King Institute of Preventive Medicine Micro-Biological Section reports 1912-19
Year: 1912
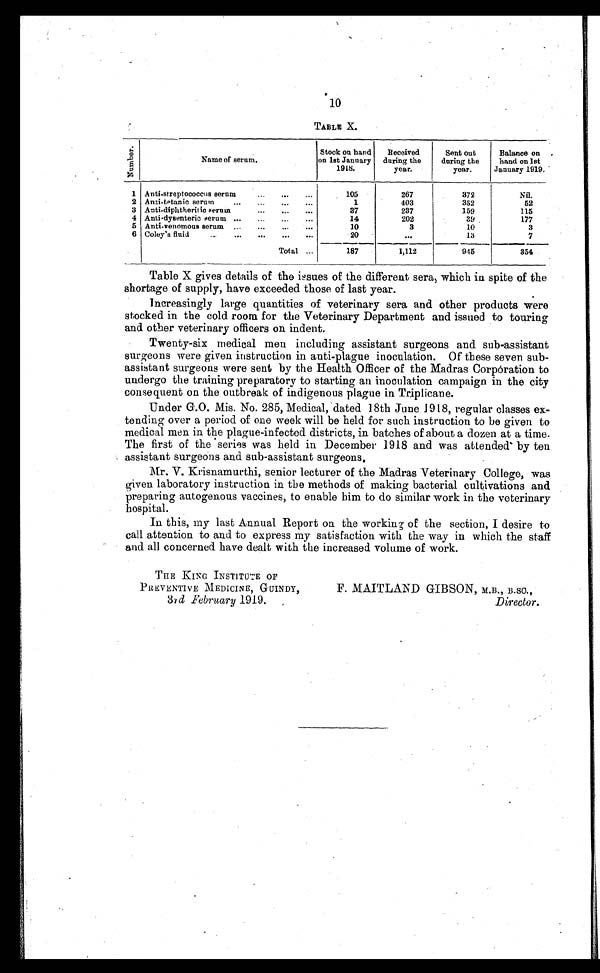
10
TABLE X.
N u m b e r .
Name of serum.
Stock on hand
on 1st January
1918.
Received
during the
year.
Sent out
during the
year.
Balance on
hand on 1st
January 1919.
1 Anti-streptococcus serum . . .
105
267
372
Nil.
2 Anti-tetanic serum . . .
1
403
352
52
3 Anti-diphtheritic serum . . .
37
237
159
115
4 Anti-dysenteric serum . . .
14
202
39
177
5 Anti-venomous serum . . .
10
3
10
3
6 Coley's fluid . . .
20
. . .
13
7
Total . . .
187
1,112
945
354
Table X gives details of the issues of the different sera, which in spite of the
shortage of supply, have exceeded those of last year.
Increasingly large quantities of veterinary sera and other products were
stocked in the cold room for the Veterinary Department and issued to touring
and other veterinary officers on indent.
Twenty-six medical men including assistant surgeons and sub-assistant
surgeons were given instruction in anti-plague inoculation. Of these seven sub
- a s s i s t a n t s u r g e o n s w e r e s e n t b y t h e H e a l t h O f f i c e r o f t h e M a d r a s C o r p o r a t i o n t o
undergo the training preparatory to starting an inoculation campaign in the city
consequent on the outbreak of indigenous plague in Triplicane.
Under G.O. Mis. No. 285, Medical, dated 18th June 1918, regular classes ex
- t e n d i n g o v e r a p e r i o d o f o n e w e e k w i l l b e h e l d f o r s u c h i n s t r u c t i o n t o b e g i v e n t o
medical men in the plague-infected districts, in batches of about a dozen at a time.
The first of the series was held in December 1918 and was attended by ten
assistant surgeons and sub-assistant surgeons.
Mr. V. Krisnamurthi, senior lecturer of the Madras Veterinary College, was
given laboratory instruction in the methods of making bacterial cultivations and
preparing autogenous vaccines, to enable him to do similar work in the veterinary
hospital.
In this, my last Annual Report on the working of the section, I desire to
call attention to and to express my satisfaction with the way in which the staff
and all concerned have dealt with the increased volume of work.
THE KING INSTITUTE OF
PREVENTIVE MEDICINE, GUINDY,
F. MAITLAND GIBSON, M.B., B.SC.,
3rd February 1919. Director.